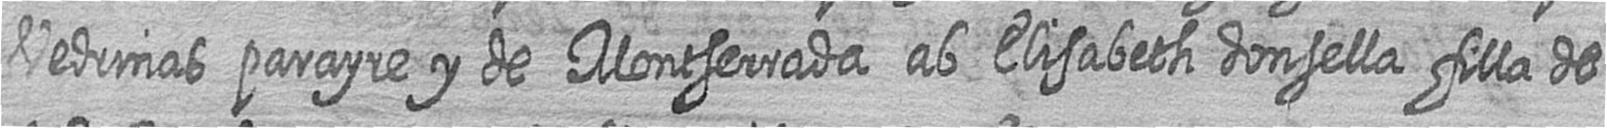
Vedrinas parayre y de Montserrada ab Elisabeth donsella filla de